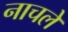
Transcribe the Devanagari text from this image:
नाचले